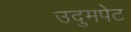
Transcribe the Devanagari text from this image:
उदुमपेट